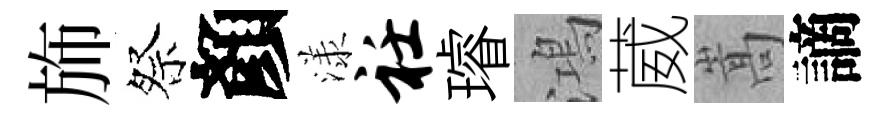
斾祭顏漾衽璿鴻葳嵩謫